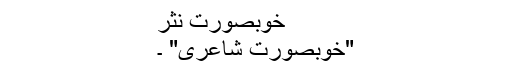
خوبصورت نثر
"خوبصورت شاعری" ۔